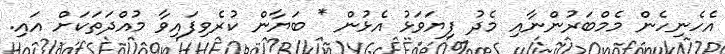
އެހެނިހެން މެމްބަރުންނާއި މެދު ފިޔަވަޅު އެޅުން * ބަޔާން ކުރެވިފައިވާ މުއްދަތަކަށް އައި.